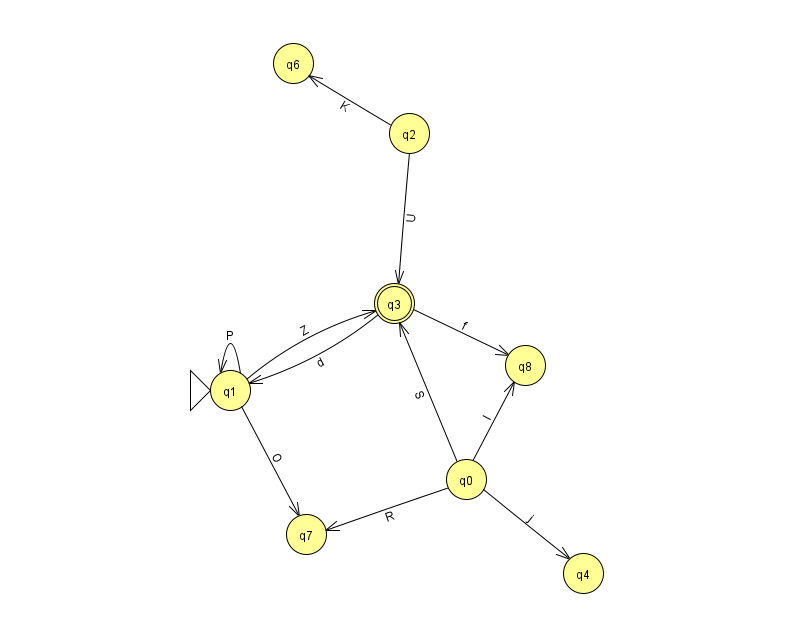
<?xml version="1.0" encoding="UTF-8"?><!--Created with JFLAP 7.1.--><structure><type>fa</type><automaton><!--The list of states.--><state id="0" name="q0"><x>466.0</x><y>466.0</y></state><state id="1" name="q1"><x>230.0</x><y>377.0</y><initial/></state><state id="2" name="q2"><x>409.0</x><y>120.0</y></state><state id="3" name="q3"><x>394.0</x><y>290.0</y><final/></state><state id="4" name="q4"><x>583.0</x><y>560.0</y></state><state id="6" name="q6"><x>293.0</x><y>50.0</y></state><state id="7" name="q7"><x>306.0</x><y>521.0</y></state><state id="8" name="q8"><x>525.0</x><y>352.0</y></state><!--The list of transitions.--><transition><from>1</from><to>1</to><read>P</read></transition><transition><from>2</from><to>6</to><read>K</read></transition><transition><from>1</from><to>7</to><read>O</read></transition><transition><from>3</from><to>8</to><read>f</read></transition><transition><from>0</from><to>7</to><read>R</read></transition><transition><from>0</from><to>3</to><read>S</read></transition><transition><from>1</from><to>3</to><read>Z</read></transition><transition><from>2</from><to>3</to><read>U</read></transition><transition><from>3</from><to>1</to><read>d</read></transition><transition><from>0</from><to>4</to><read>j</read></transition><transition><from>0</from><to>8</to><read>I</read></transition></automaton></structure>